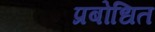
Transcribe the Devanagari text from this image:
प्रबोधित